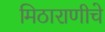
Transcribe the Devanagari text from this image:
मिठाराणीचे